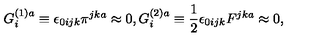
G _ { i } ^ { ( 1 ) a } \equiv \epsilon _ { 0 i j k } \pi ^ { j k a } \approx 0 , G _ { i } ^ { ( 2 ) a } \equiv \frac { 1 } { 2 } \epsilon _ { 0 i j k } F ^ { j k a } \approx 0 ,